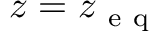
z = z _ { \mathrm { ~ e ~ q ~ } }